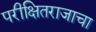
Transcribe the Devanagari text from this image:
परीक्षितराजाचा